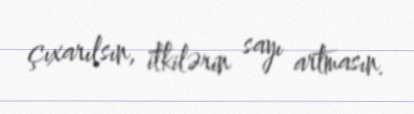
çıxarılsın, itkilərin sayı artmasın.